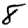
Digit: 8